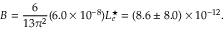
B = \frac { 6 } { 1 3 \pi ^ { 2 } } ( 6 . 0 \times 1 0 ^ { - 8 } ) L _ { e } ^ { \star } = ( 8 . 6 \pm 8 . 0 ) \times 1 0 ^ { - 1 2 } .